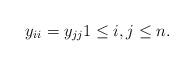
LaTeX: \begin{align*}y_{ii}=y_{jj}1\le i,j\le n.\end{align*}